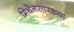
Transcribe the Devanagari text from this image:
मिथेनसारख्या